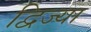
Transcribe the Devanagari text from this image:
द्विज्या